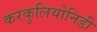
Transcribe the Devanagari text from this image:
करकुलियोनिडी